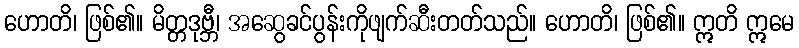
ဟောတိ၊ ဖြစ်၏။ မိတ္တဒုဗ္ဘီ၊ အဆွေခင်ပွန်းကိုဖျက်ဆီးတတ်သည်။ ဟောတိ၊ ဖြစ်၏။ ဣတိ ဣမေ